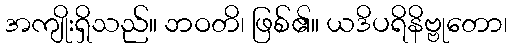
အကျိုးရှိသည်။ ဘဝတိ၊ ဖြစ်၏။ ယဒိပရိနိဗ္ဗုတော၊